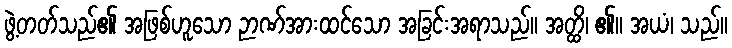
ဖွဲ့တတ်သည်၏ အဖြစ်ဟူသော ဉာဏ်အားထင်သော အခြင်းအရာသည်။ အတ္ထိ၊ ၏။ အယံ၊ သည်။